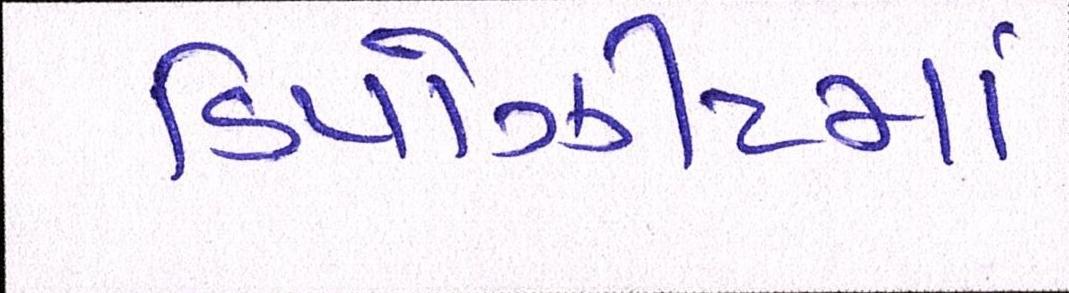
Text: ડિપોઝીટમાં